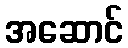
အဆောင်